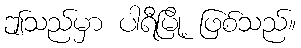
ဤသည်မှာ ပါရီမြို့ ဖြစ်သည်။